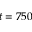
t = 7 5 0